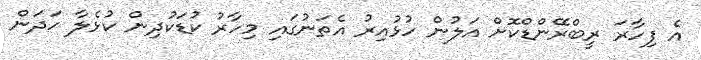
އެ ފިހާރަ ރީބްރޭންޑްކޮށް އަލުން ހުޅުއިރު އެތަނުގައި މިހާރު ކުޑަކުދިން ކުޅެލާ ހަދަން